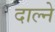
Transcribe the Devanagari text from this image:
दाल्ने